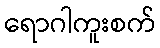
ရောဂါကူးစက်